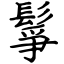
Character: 鬇